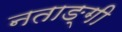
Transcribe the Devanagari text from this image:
नताङ्गी